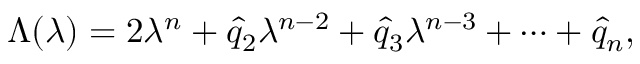
\Lambda ( \lambda ) = 2 \lambda ^ { n } + \hat { q } _ { 2 } \lambda ^ { n - 2 } + \hat { q } _ { 3 } \lambda ^ { n - 3 } + \cdots + \hat { q } _ { n } ,